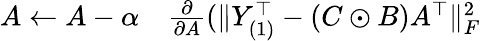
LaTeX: \begin{array}{rl}{A\gets A-\alpha}&{{}\frac{\partial}{\partial A}(\| Y_{(1)}^{\top}-(C\odot B)A^{\top}\| _{F}^{2}}\end{array}